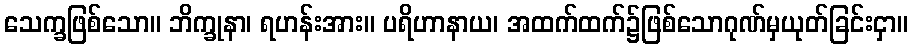
သေက္ခဖြစ်သော။ ဘိက္ခုနာ၊ ရဟန်းအား။ ပရိဟာနာယ၊ အထက်ထက်၌ဖြစ်သောဂုဏ်မှယုတ်ခြင်းငှာ။